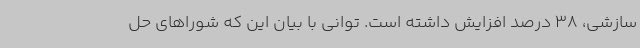
سازشی، 38 درصد افزایش داشته است. توانی با بیان این که شوراهای حل